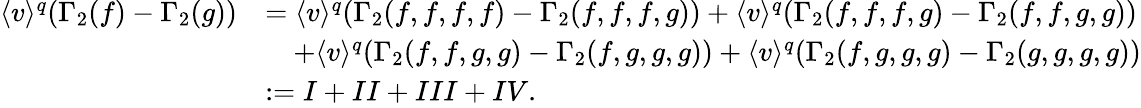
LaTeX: \begin{array}{rl}{\langle v\rangle^{q}(\Gamma_{2}(f)-\Gamma_{2}(g))}&{=\langle v\rangle^{q}(\Gamma_{2}(f,f,f,f)-\Gamma_{2}(f,f,f,g))+\langle v\rangle^{q}(\Gamma_{2}(f,f,f,g)-\Gamma_{2}(f,f,g,g))}\\ &{\quad+\langle v\rangle^{q}(\Gamma_{2}(f,f,g,g)-\Gamma_{2}(f,g,g,g))+\langle v\rangle^{q}(\Gamma_{2}(f,g,g,g)-\Gamma_{2}(g,g,g,g))}\\ &{:=I+II+III+IV.}\end{array}